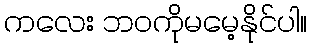
ကလေး ဘဝကိုမမေ့နိုင်ပါ။